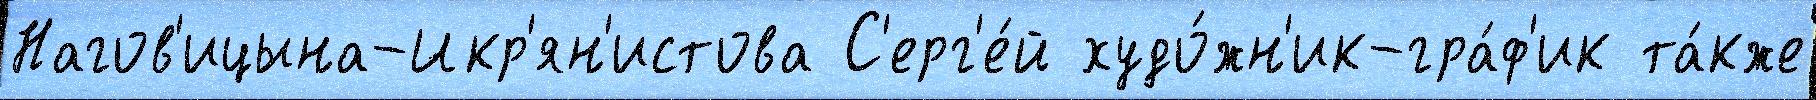
Нагов'ицына-Икр'ян'истова С'ерг'е́й худо́жн'ик-гра́ф'ик та́кже